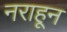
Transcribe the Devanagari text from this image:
नराहून